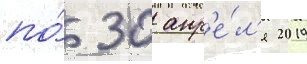
по́ 30 апр'е́л'я 2019